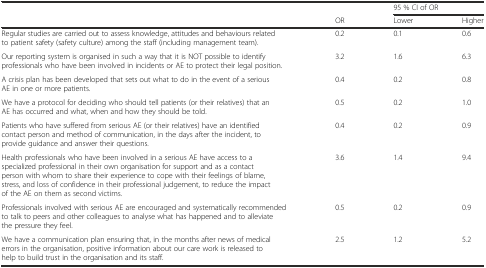
<table><thead><tr><td></td><td></td><td colspan="2"><b>95 % CI of OR</b></td></tr><tr><td></td><td><b>OR</b></td><td><b>Lower</b></td><td><b>Higher</b></td></tr></thead><tbody><tr><td>Regular studies are carried out to assess knowledge, attitudes and behaviours related to patient safety (safety culture) among the staff (including management team).</td><td>0.2</td><td>0.1</td><td>0.6</td></tr><tr><td>Our reporting system is organised in such a way that it is NOT possible to identify professionals who have been involved in incidents or AE to protect their legal position.</td><td>3.2</td><td>1.6</td><td>6.3</td></tr><tr><td>A crisis plan has been developed that sets out what to do in the event of a serious AE in one or more patients.</td><td>0.4</td><td>0.2</td><td>0.8</td></tr><tr><td>We have a protocol for deciding who should tell patients (or their relatives) that an AE has occurred and what, when and how they should be told.</td><td>0.5</td><td>0.2</td><td>1.0</td></tr><tr><td>Patients who have suffered from serious AE (or their relatives) have an identified contact person and method of communication, in the days after the incident, to provide guidance and answer their questions.</td><td>0.4</td><td>0.2</td><td>0.9</td></tr><tr><td>Health professionals who have been involved in a serious AE have access to a specialized professional in their own organisation for support and as a contact person with whom to share their experience to cope with their feelings of blame, stress, and loss of confidence in their professional judgement, to reduce the impact of the AE on them as second victims.</td><td>3.6</td><td>1.4</td><td>9.4</td></tr><tr><td>Professionals involved with serious AE are encouraged and systematically recommended to talk to peers and other colleagues to analyse what has happened and to alleviate the pressure they feel.</td><td>0.5</td><td>0.2</td><td>0.9</td></tr><tr><td>We have a communication plan ensuring that, in the months after news of medical errors in the organisation, positive information about our care work is released to help to build trust in the organisation and its staff.</td><td>2.5</td><td>1.2</td><td>5.2</td></tr></tbody></table>